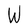
Character: W